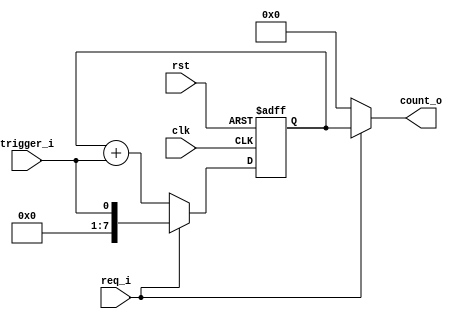
`timescale 1ns / 1ps
//////////////////////////////////////////////////////////////////////////////////
// Company: COLLEGE OF VLSI
// 
// Design Name: 
// Module Name: counter
// Project Name: 
// Target Devices: 
// Tool Versions: 
// Description: 
// 
// Dependencies: 
// 
// Revision:
// Revision 0.01 - File Created
// Additional Comments:
// 
//////////////////////////////////////////////////////////////////////////////////


module counter #(
    parameter WIDTH = 8
)(
    input clk, rst, trigger_i, req_i,
    output [WIDTH-1:0] count_o
);


    reg [WIDTH-1:0] count_q;
    wire [WIDTH-1:0] count_nxt;

    // Sequential Logic: State Register
    always @(posedge clk or posedge rst) begin
        if(rst)
            count_q <= {WIDTH{1'b0}}; // Reset the counter to 0
        else
            count_q <= count_nxt; // Update the counter based on the next value
    end

    // Combinational Logic: Next Value Calculation
    assign count_nxt = req_i ? {{WIDTH-1{1'b0}}, trigger_i} : (count_q + {{WIDTH-1{1'b0}}, trigger_i});

    // Output Logic
    assign count_o = req_i ? count_q : {WIDTH{1'b0}}; // Output the current count value if req_i is asserted, otherwise output 0

endmodule